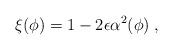
LaTeX: \begin{align*}\xi(\phi) = 1- 2\epsilon \alpha^2(\phi)\; ,\end{align*}